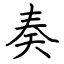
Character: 奏